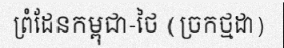
ព្រំដែនកម្ពុជា-ថៃ (ច្រកថ្មដា)